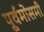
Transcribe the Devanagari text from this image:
पूर्वमोसमी